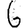
Digit: 6